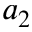
a _ { 2 }